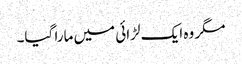
مگر وہ ایک لڑائی میں مارا گیا۔